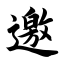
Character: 邀